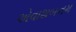
એવાશબનમ